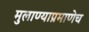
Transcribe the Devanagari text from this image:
मुलाण्याप्रमाणेच